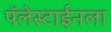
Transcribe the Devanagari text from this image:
पॅलेस्टाईनला